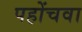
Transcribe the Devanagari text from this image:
पहोंचवा